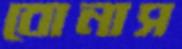
বোনাস